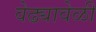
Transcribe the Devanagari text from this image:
वेढ्यावेळी